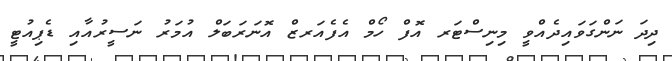
ދިދަ ނަންގަވައިދެއްވީ މިނިސްޓަރ އޮފް ހޯމް އެފެއަރޒް އޮނަރަބަލް އުމަރު ނަސީރުއާއި ޑެޕިއުޓީ